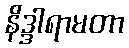
နိဒ္ဒါရာမတာ